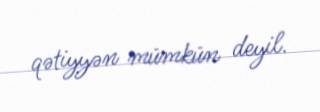
qətiyyən mümkün deyil.